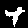
Digit: 4